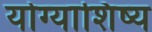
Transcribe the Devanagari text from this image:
योग्याशिष्य